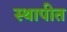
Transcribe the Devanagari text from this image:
स्‍थापीत